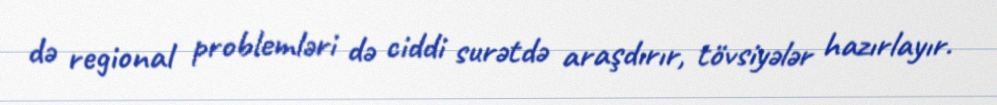
də regional problemləri də ciddi surətdə araşdırır, tövsiyələr hazırlayır.